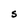
Character: S